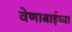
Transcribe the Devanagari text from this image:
वेणाबाईच्या